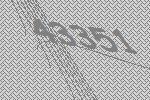
43351